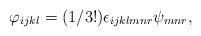
LaTeX: \begin{align*}\varphi _{ijkl}=(1/3!)\epsilon _{ijklmnr}\psi _{mnr}, \end{align*}